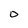
Character: 0